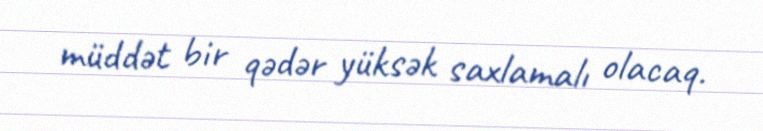
müddət bir qədər yüksək saxlamalı olacaq.